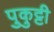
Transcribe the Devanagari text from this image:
पुकुट्टी